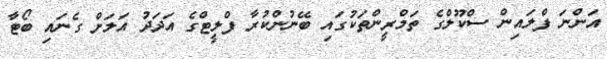
އަންނަ ފްލައިން ސްކޫލްގެ ތަމްރީންތަކުގައި ބޭނުންކުރާ ފްލީޓްގެ އަދަދު އަލަށް ގެނައި ބޯޓާ